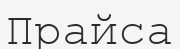
Прайса